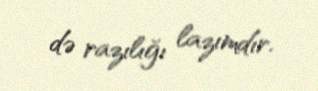
də razılığı lazımdır.